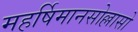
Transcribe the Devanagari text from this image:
महर्षिमानसोल्लासो